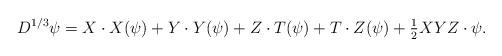
LaTeX: \begin{align*} D^{1/3}\psi=X\cdot X(\psi) +Y\cdot Y(\psi)+Z\cdot T(\psi)+T\cdot Z(\psi)+ {\textstyle\frac12}XYZ\cdot\psi.\end{align*}